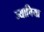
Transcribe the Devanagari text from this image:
ज्याचिया